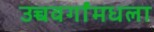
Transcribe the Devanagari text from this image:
उच्चवर्गांमधला